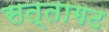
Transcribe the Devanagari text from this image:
सत्तागट